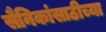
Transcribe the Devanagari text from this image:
सैनिकांसाठीच्या